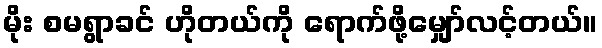
မိုး စမရွာခင် ဟိုတယ်ကို ရောက်ဖို့မျှော်လင့်တယ်။